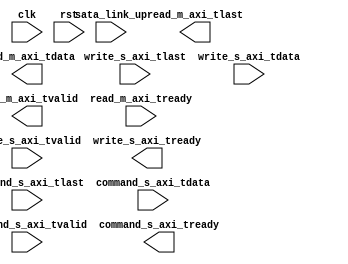
module app_top
(
    input   wire                clk,
    input   wire                rst,
    input   wire                sata_link_up,
    /*port*/

    // 命令&地址接口
    input   wire                command_s_axi_tvalid,
    input   wire                command_s_axi_tlast,
    output  wire                command_s_axi_tready,
    input   wire [31:00]        command_s_axi_tdata,

    // 写数据接口
    input   wire                write_s_axi_tvalid,
    input   wire                write_s_axi_tlast,
    output  wire                write_s_axi_tready,
    input   wire [31:00]        write_s_axi_tdata,

    //读数据接口
    output  wire                read_m_axi_tvalid,
    output  wire                read_m_axi_tlast,
    input   wire                read_m_axi_tready,
    output  wire [31:00]        read_m_axi_tdata,

);

endmodule